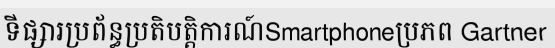
ទីផ្សារប្រព័ន្ធប្រតិបត្តិការណ៍Smartphoneប្រភព Gartner